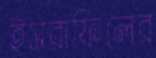
ইসরাফিলের